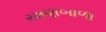
રમણબાળા